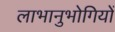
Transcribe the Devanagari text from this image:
लाभानुभोगियों